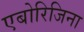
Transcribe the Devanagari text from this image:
एबोरिजिना